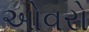
ઓવરો